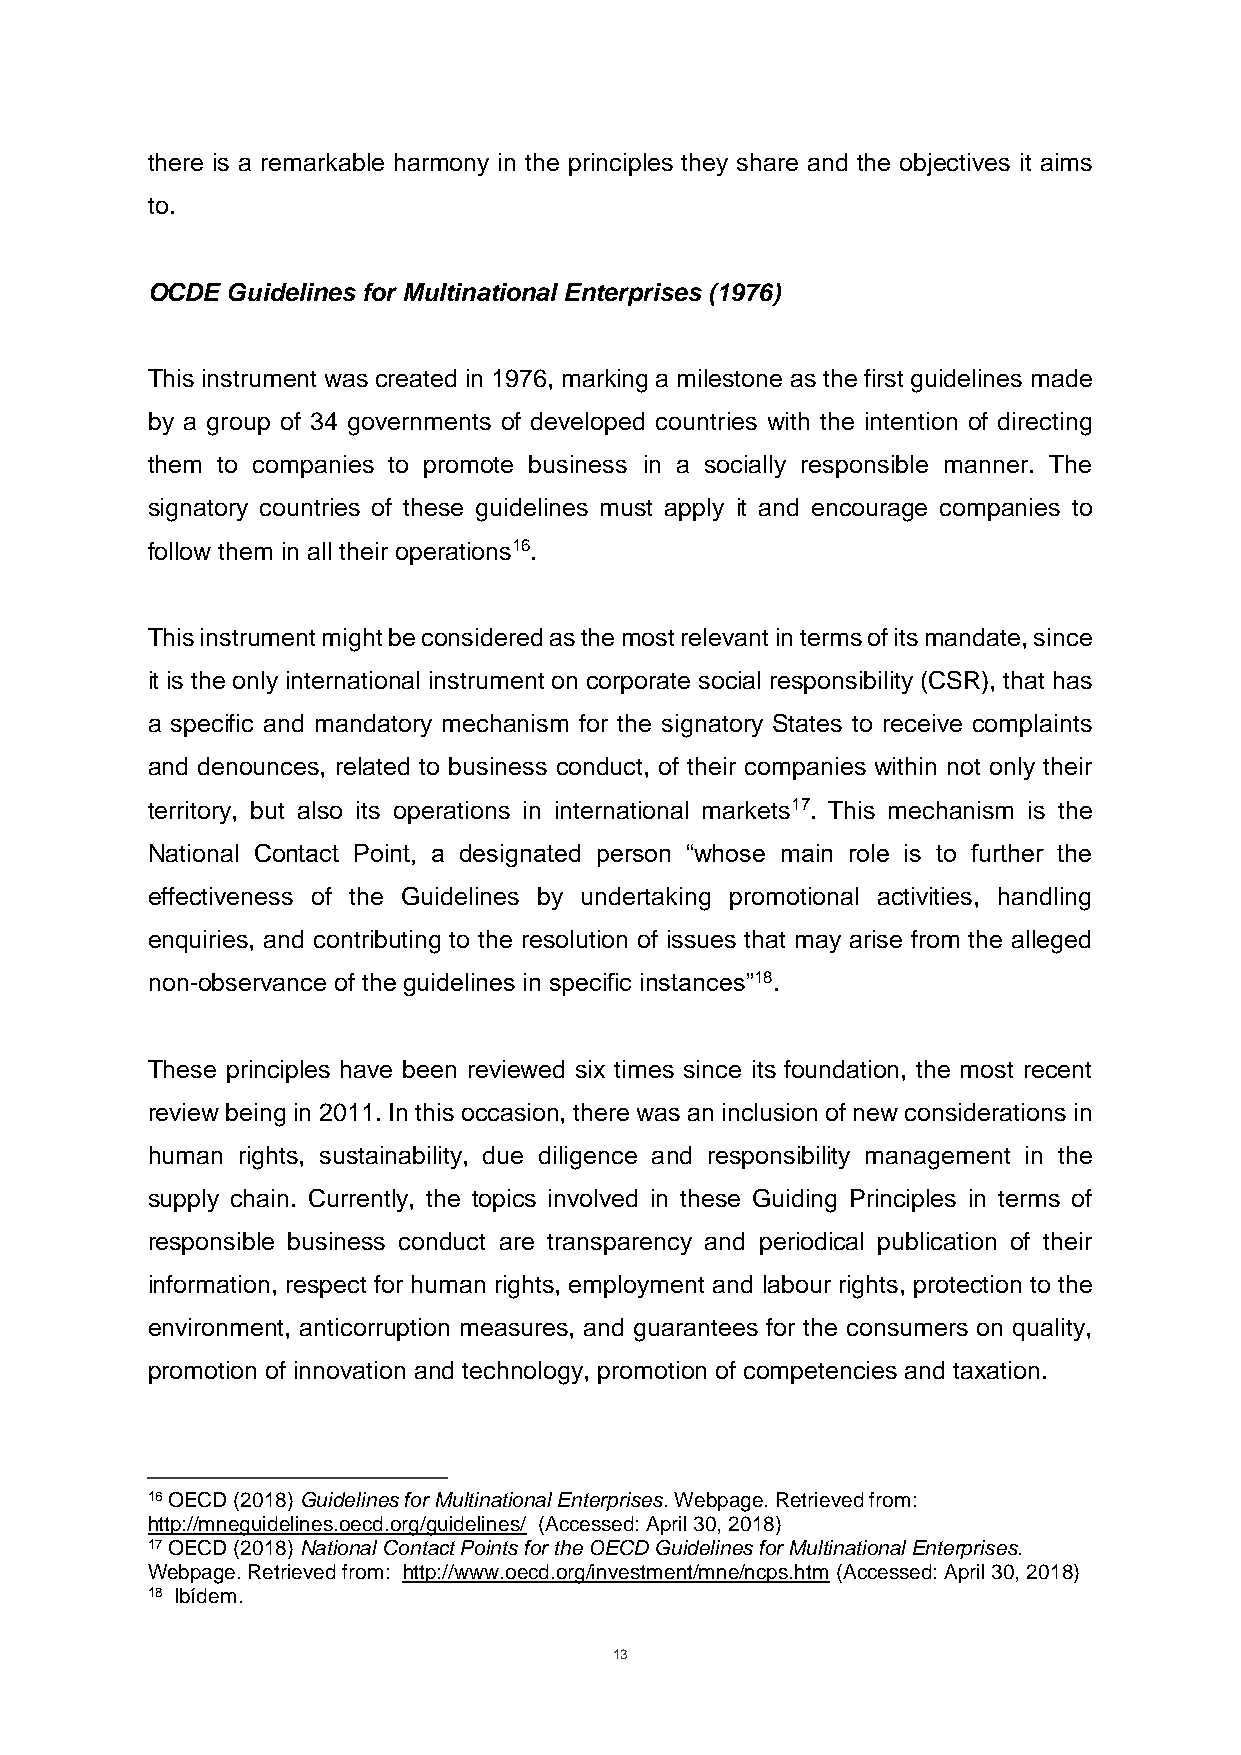
there is a remarkable harmony in the principles they share and the objectives it aims
 to.
 OCDE Guidelines for Multinational Enterprises (1976)
 This instrument was created in 1976, marking a milestone as the first guidelines made
 by a group of 34 governments of developed countries with the intention of directing
 them to companies to promote business in a socially responsible manner. The
 signatory countries of these guidelines must apply it and encourage companies to
 follow them in all their operations16.
 This instrument might be considered as the most relevant in terms of its mandate, since
 it is the only international instrument on corporate social responsibility (CSR), that has
 a specific and mandatory mechanism for the signatory States to receive complaints
 and denounces, related to business conduct, of their companies within not only their
 territory, but also its operations in international markets17. This mechanism is the
 National Contact Point, a designated person “whose main role is to further the
 effectiveness of the Guidelines by undertaking promotional activities, handling
 enquiries, and contributing to the resolution of issues that may arise from the alleged
 non-observance of the guidelines in specific instances”18.
 These principles have been reviewed six times since its foundation, the most recent
 review being in 2011. In this occasion, there was an inclusion of new considerations in
 human rights, sustainability, due diligence and responsibility management in the
 supply chain. Currently, the topics involved in these Guiding Principles in terms of
 responsible business conduct are transparency and periodical publication of their
 information, respect for human rights, employment and labour rights, protection to the
 environment, anticorruption measures, and guarantees for the consumers on quality,
 promotion of innovation and technology, promotion of competencies and taxation.
 16 OECD (2018) Guidelines for Multinational Enterprises. Webpage. Retrieved from:
 http://mneguidelines.oecd.org/guidelines/ (Accessed: April 30, 2018)
 17 OECD (2018) National Contact Points for the OECD Guidelines for Multinational Enterprises.
 Webpage. Retrieved from: http://www.oecd.org/investment/mne/ncps.htm (Accessed: April 30, 2018)
 18 Ibídem.
 13